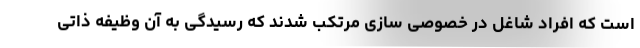
است که افراد شاغل در خصوصی سازی مرتکب شدند که رسیدگی به آن وظیفه ذاتی